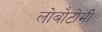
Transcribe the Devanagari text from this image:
लोबोटोमी